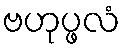
ဗဟုပ္ဖလံ